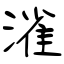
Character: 𣼎